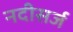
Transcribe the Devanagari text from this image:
नदीसर्ज